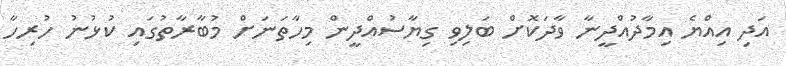
އަދި އިއްޔެ އިމާދުއްދީނާ ވާދަކޮށް ބަލިވި ގިޔާސުއްދީން މިހާތަނަށް މުބާރާތުގައި ކުޅުނު ހުރިހާ